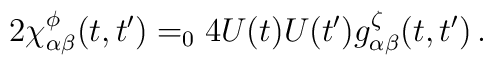
2\chi^{\phi}_{\alpha\beta}(t,t') =_0 4U(t)U(t')g^{\zeta}_{\alpha\beta}(t,t')\,.